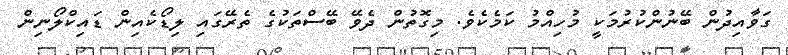
ގަވާއިދުން ބޭނުންކުރުމަކީ މުހިއްމު ކަމެކެވެ. މިގޮތުން ދެވޭ ބޭސްތަކުގެ ތެރޭގައި ލިޑޯކެއިން ޑައިކްލޯނިން